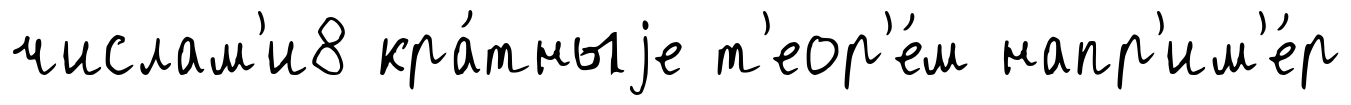
числам'и8 кра́тныjе т'еор'е́м напр'им'е́р